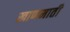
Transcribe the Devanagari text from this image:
खाणमाती